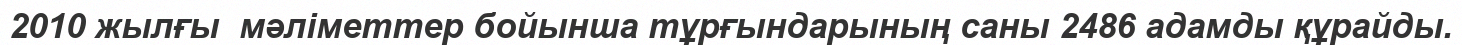
2010 жылғы  мәліметтер бойынша тұрғындарының саны 2486 адамды құрайды.